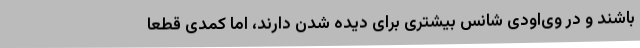
باشند و در وی‌اودی شانس بیشتری برای دیده شدن دارند، اما کمدی قطعا